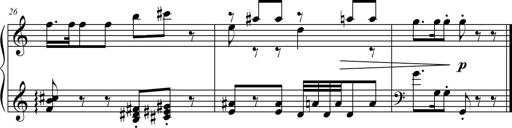
Title: Sonatina
Composer: Kemble Stout
Key: G major